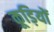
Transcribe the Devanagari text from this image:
कूड़ियों